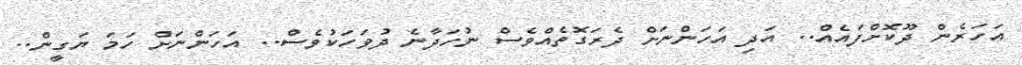
އަހަރެން ދޫކޮށްފައެއް.. އަދި އަހަންނަށް ދެރަގޮތެއްވެސް ނުހަދާނެ ދުވަހަކުވެސް.. އަހަންނަށް ހަމަ ޔަގީން..